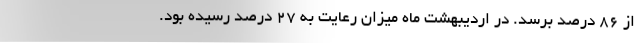
از ۸۶ درصد برسد. در اردیبهشت ماه میزان رعایت به ۲۷ درصد رسیده بود.